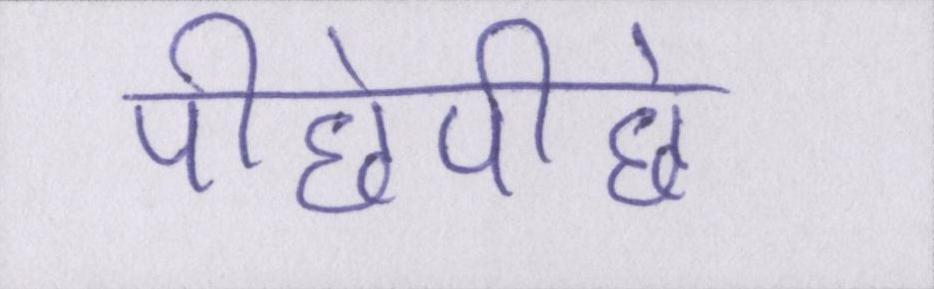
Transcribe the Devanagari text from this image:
पीछेपीछे